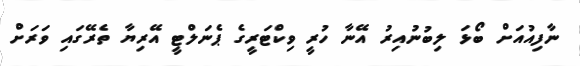
ނާފިއުއަށް ބޯޅަ ލިބުނުއިރު އޭނާ ހުރީ ވިކްޓަރީގެ ޕެނަލްޓީ އޭރިޔާ ތެރޭގައި ވަރަށް